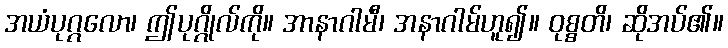
အယံပုဂ္ဂလော၊ ဤပုဂ္ဂိုလ်ကို။ အာနာဂါမီ၊ အနာဂါမ်ဟူ၍။ ဝုစ္စတိ၊ ဆိုအပ်၏။